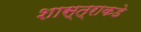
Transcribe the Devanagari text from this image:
शास्त्राकडे